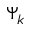
\Psi _ { k }